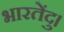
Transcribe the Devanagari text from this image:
भारतेंदु।